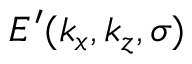
E ^ { \prime } ( k _ { x } , k _ { z } , \sigma )